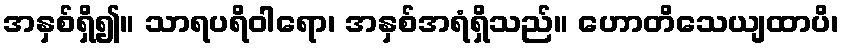
အနှစ်ရှိ၍။ သာရပရိဝါရော၊ အနှစ်အရံရှိသည်။ ဟောတိသေယျထာပိ၊